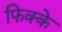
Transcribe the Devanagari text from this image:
फिक्के